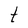
Character: t